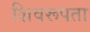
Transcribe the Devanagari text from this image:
शिवरूपता